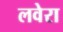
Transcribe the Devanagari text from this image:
लवेरा